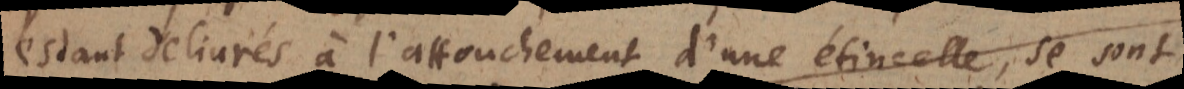
estant delivrés à l’attouchement d’une étincelle, se sont